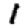
Digit: 1